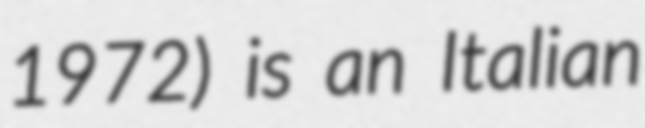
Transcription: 1972) is an Italian